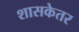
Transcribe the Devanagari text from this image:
शासकेतर